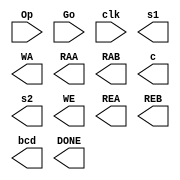
`timescale 1ns / 1ps

module FSM(input [2:0] Op, 
           input Go, clk,
           output [1:0] s1, WA, RAA, RAB, c, s2,
           output WE, REA, REB,
           output [3:0] bcd,
           output DONE
);
  
endmodule